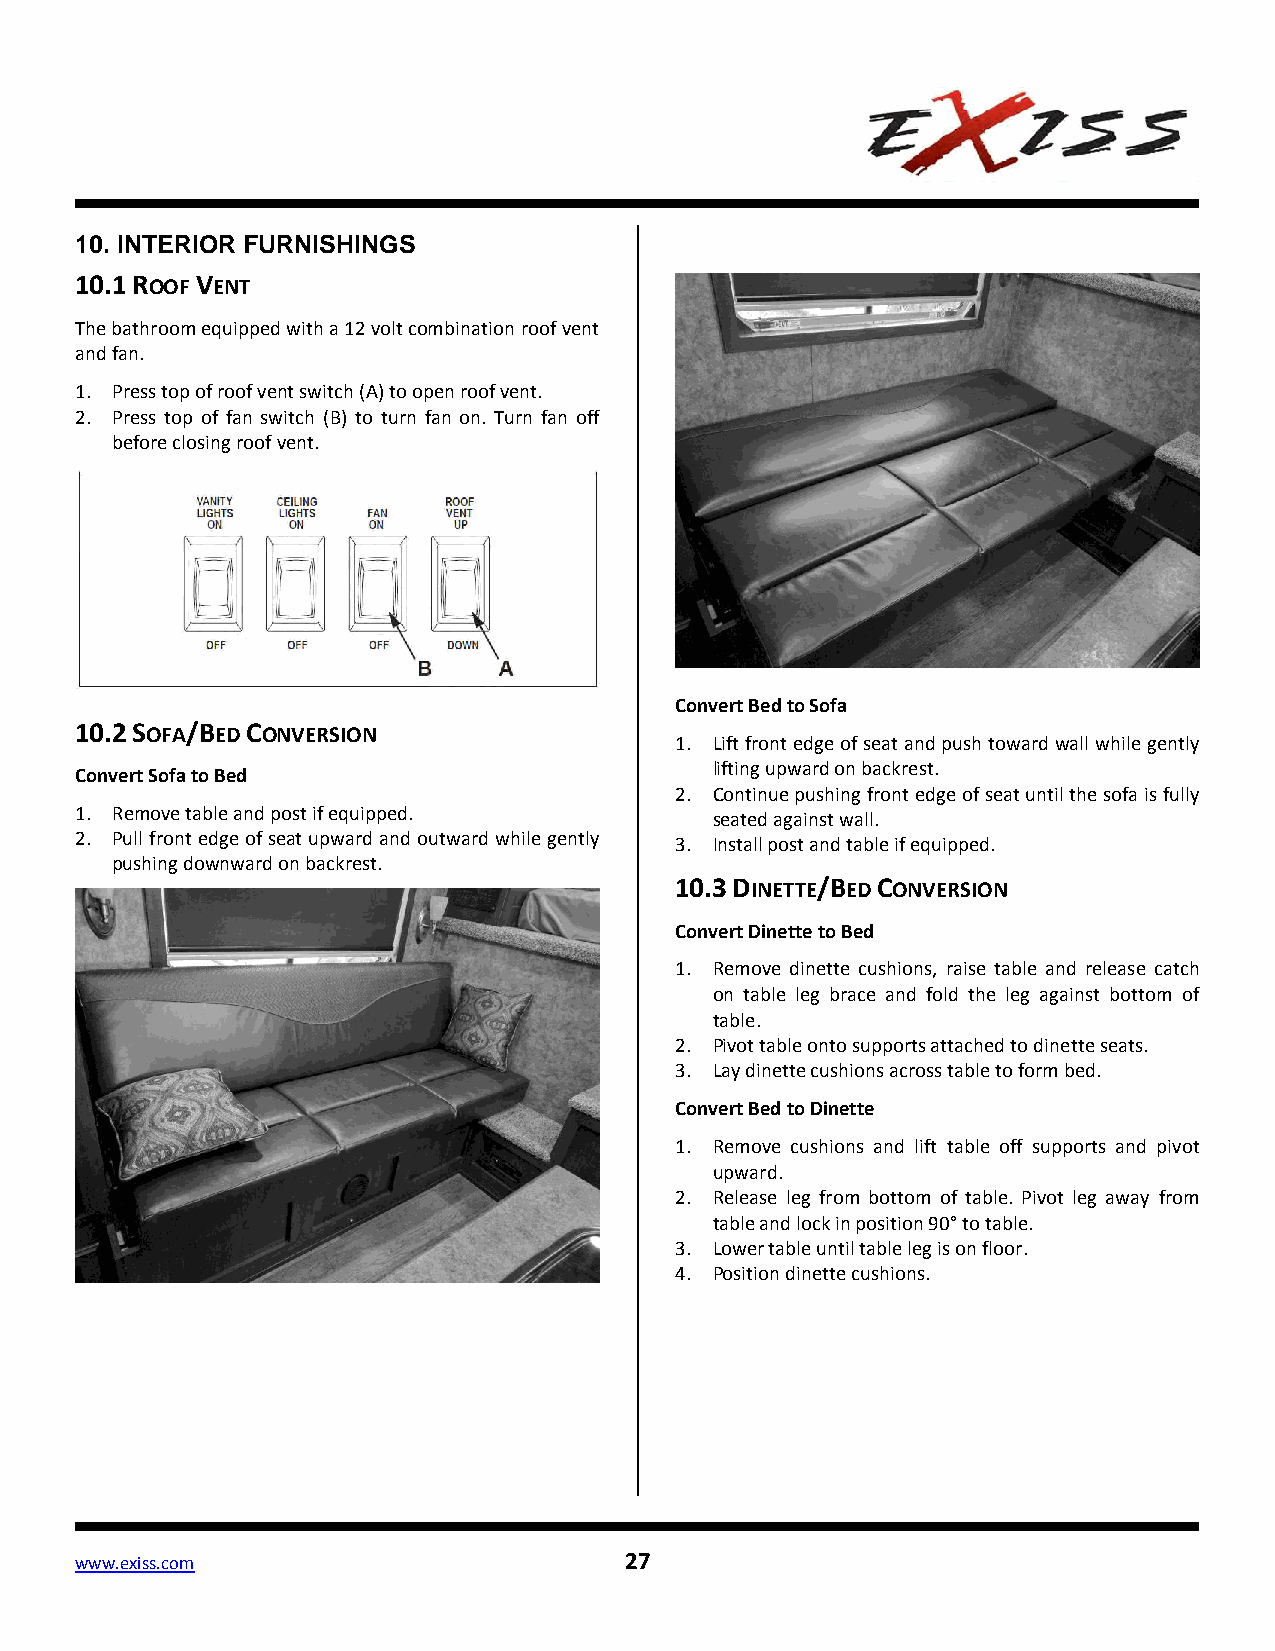
10. INTERIOR FURNISHINGS
 10.1 ROOF VENT
 The bathroom equipped with a 12 volt combination roof vent
 and fan.
 1. Press top of roof vent switch (A) to open roof vent.
 2. Press top of fan switch (B) to turn fan on. Turn fan off
 before closing roof vent.
 Convert Bed to Sofa
 10.2 SOFA/BED CONVERSION
 1. Lift front edge of seat and push toward wall while gently
 lifting upward on backrest.
 Convert Sofa to Bed
 2. Continue pushing front edge of seat until the sofa is fully
 1. Remove table and post if equipped.
 seated against wall.
 2. Pull front edge of seat upward and outward while gently 3. Install post and table if equipped.
 pushing downward on backrest.
 10.3 DINETTE/BED CONVERSION
 Convert Dinette to Bed
 1. Remove dinette cushions, raise table and release catch
 on table leg brace and fold the leg against bottom of
 table.
 2. Pivot table onto supports attached to dinette seats.
 3. Lay dinette cushions across table to form bed.
 Convert Bed to Dinette
 1. Remove cushions and lift table off supports and pivot
 upward.
 2. Release leg from bottom of table. Pivot leg away from
 table and lock in position 90° to table.
 3. Lower table until table leg is on floor.
 4. Position dinette cushions.
 www.exiss.com                       27